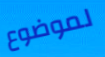
لموضوع